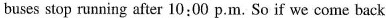
buses stop running after 10:00 p.m. So if we come back